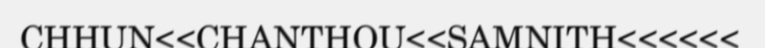
CHHUN<<CHANTHOU<<SAMNITH<<<<<<